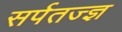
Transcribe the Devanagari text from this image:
सर्पतज्ज्ञ